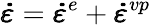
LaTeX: \pmb{\dot{\varepsilon}}=\pmb{\dot{\varepsilon}}^{e}+\pmb{\dot{\varepsilon}}^{vp}